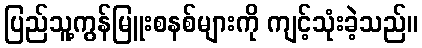
ပြည်သူ့ကွန်မြူးစနစ်များကို ကျင့်သုံးခဲ့သည်။